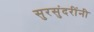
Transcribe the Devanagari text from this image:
सुरसुंदरींनी